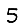
Digit: 5